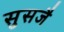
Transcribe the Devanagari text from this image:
सुसजै